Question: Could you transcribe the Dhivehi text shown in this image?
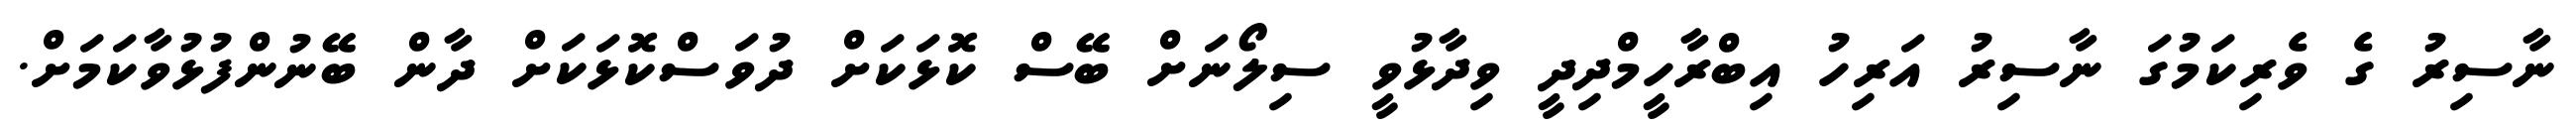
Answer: ނާސިރު ގެ ވެރިކަމުގަ ނާސިރު އަރިހު އިބްރާހީމްދިދީ ވިދާޅުވީ ސިލޯނަށް ބޭސް ކޮޅަކަށް ދުވަސްކޮޅަކަށް ދާން ބޭނުންފުޅުވާކަމަށް.